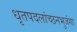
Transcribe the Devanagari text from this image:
धृतपदलांच्छनभुजंगा